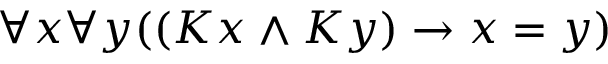
\forall x \forall y ( ( K x \land K y ) \rightarrow x = y )